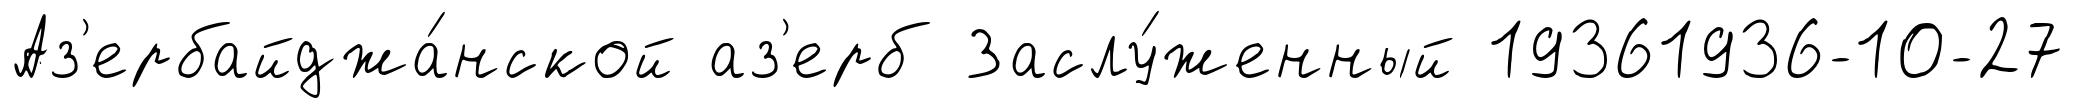
Аз'ербайджа́нской аз'ерб Заслу́женный 19361936-10-27